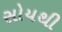
સોયથી